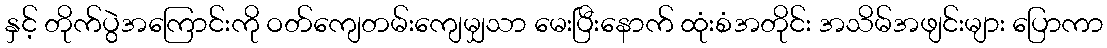
နှင့် တိုက်ပွဲအကြောင်းကို ဝတ်ကျေတမ်းကျေမျှသာ မေးပြီးနောက် ထုံးစံအတိုင်း အသိမ်အဖျင်းများ ပြောကာ